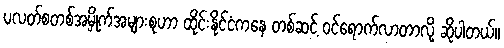
ပလတ်စတစ်အမှိုက်အများစုဟာ ထိုင်းနိုင်ငံကနေ တစ်ဆင့် ဝင်ရောက်လာတာလို့ ဆိုပါတယ်။